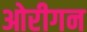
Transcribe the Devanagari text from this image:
ओरीगन